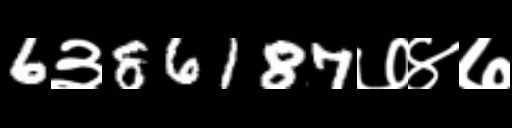
Text: 6३86187७४७